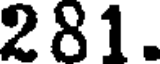
281.